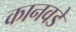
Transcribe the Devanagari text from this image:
कानवडे